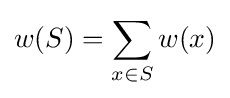
w(S)=\sum _{x\in S}w(x)